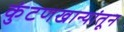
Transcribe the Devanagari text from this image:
कुंटणखान्यांतून